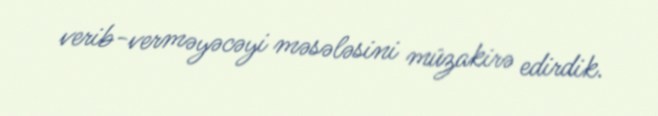
verib-verməyəcəyi məsələsini müzakirə edirdik.